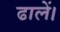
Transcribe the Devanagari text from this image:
ढालें।